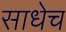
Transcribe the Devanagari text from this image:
साधेच